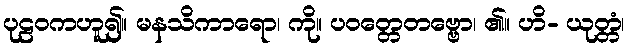
ပုဠဝကဟူ၍။ မနသိကာရော၊ ကို။ ပဝတ္တေတဗ္ဗော၊ ၏။ ဟိ- ယုတ္တံ၊